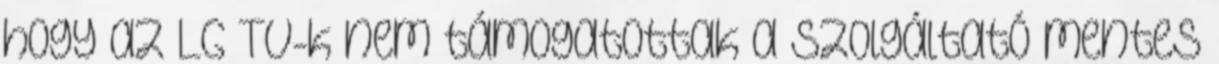
hogy az LG TV-k nem támogatottak a szolgáltató mentes